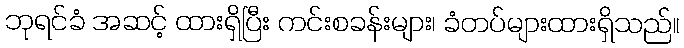
ဘုရင်ခံ အဆင့် ထားရှိပြီး ကင်းစခန်းများ၊ ခံတပ်များထားရှိသည်။